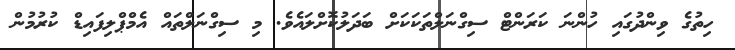
ހިތުގެ ވިންދުގައި ހުންނަ ކަރަންޓް ސިގްނަލްތަކަކަށް ބަދަލުކޮށްލައެެވެ. މި ސިގްނަލްތައްް އެމްޕްލިފައިޑް ކުރުމުން